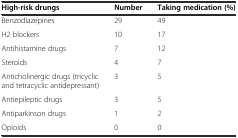
<table><thead><tr><td><b>High-risk drungs</b></td><td><b>Number</b></td><td><b>Taking medication (%)</b></td></tr></thead><tbody><tr><td>Benzodiazepines</td><td>29</td><td>49</td></tr><tr><td>H2 blockers</td><td>10</td><td>17</td></tr><tr><td>Antihistamine drugs</td><td>7</td><td>12</td></tr><tr><td>Steroids</td><td>4</td><td>7</td></tr><tr><td>Anticholinergic drugs (tricyclic and tetracyclic antidepressant)</td><td>3</td><td>5</td></tr><tr><td>Antiepileptic drugs</td><td>3</td><td>5</td></tr><tr><td>Antiparkinson drugs</td><td>1</td><td>2</td></tr><tr><td>Opioids</td><td>0</td><td>0</td></tr></tbody></table>